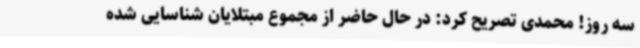
سه روز! محمدی تصریح کرد: در حال حاضر از مجموع مبتلایان شناسایی شده